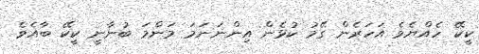
ކީކޭ ހެއްޔެވެ އަހަރެން ގޭމު ކުޅެން އިންނަނަމަ މަންމަ ބުނާނީ ކީކޭ ބާއެވެ